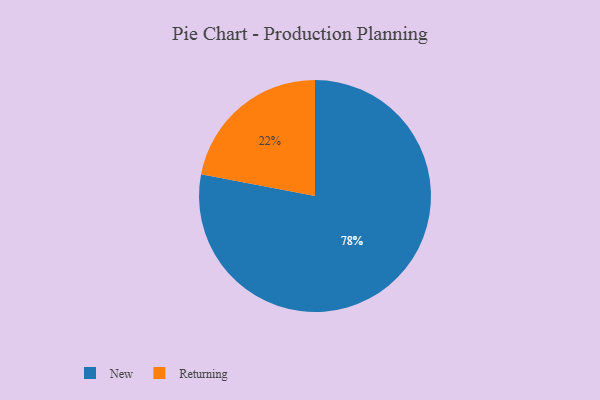
{"axis": {"x": "Category", "y": "Percentage"}, "legend": ["New", "Returning"], "data": [{"x": "Returning", "y": 22, "type": "Returning"}, {"x": "New", "y": 78, "type": "New"}]}